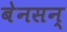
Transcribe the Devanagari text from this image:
बेनसन्